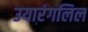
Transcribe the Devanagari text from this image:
उयारंगलिल